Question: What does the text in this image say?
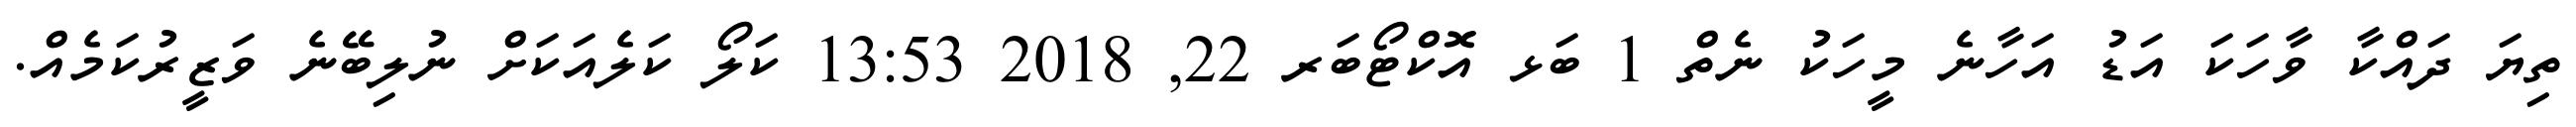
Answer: ތިޔަ ދައްކާ ވާހަކަ އަޑު އަހާނެ މީހަކު ނެތް 1 ބަޅ އޮކްޓޯބަރ 22, 2018 13:53 ކަލޯ ކަލެއަކަށް ނުލިބޭނެ ވަޒީރުކަމެއް.